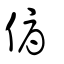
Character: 傉